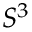
S ^ { 3 }